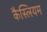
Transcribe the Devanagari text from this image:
कैस्लियम